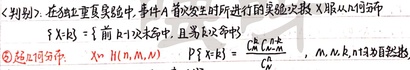
<判别> 在独立重复实验中，事件\(A\)首次发生时所进行的实验次数\(X\)服从几何分布\(P\{X = k\}=\)「前\(k - 1\)次未命中，且第\(k\)次命中」。\textcircled{5} 超几何分布：\(P\{X = k\}=\frac{C_{M}^{k} C_{N - M}^{n - k}}{C_{N}^{n}}\)，其中\(m,n,k,N\)为自然数。